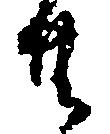
共